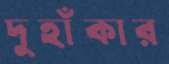
দুহাঁকার